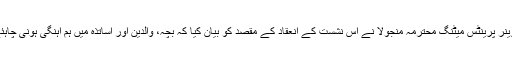
کنوینر پرینٹس میٹنگ محترمہ منجولا نے اس نشست کے انعقاد کے مقصد کو بیان کیا کہ بچہ، والدین اور اساتذہ میں ہم آہنگی ہونی چاہئے۔